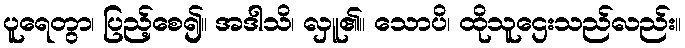
ပူရေတွာ၊ ပြည့်စေ၍။ အဒါသိ၊ လှူ၏။ သောပိ၊ ထိုသူဌေးသည်လည်း။